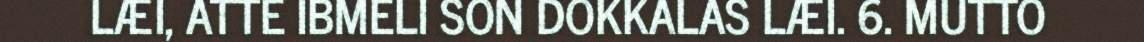
LÆI, ATTE IBMELI SON DOKKALAS LÆI. 6. MUTTO